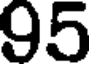
95